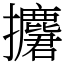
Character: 𢹲